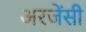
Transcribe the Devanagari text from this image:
अरजेंसी